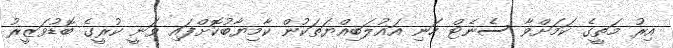
އިރު މަތީގެ ކަމަށްވާ ސެނެޓް ހަނި އަޣުލަބިއްޔަތަކުން ކާމިޔާބުކޮށްފައި ވަނީ ކުރީގެ ބޮޑުވަޒީރު